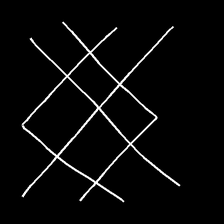
Glyph: crystal